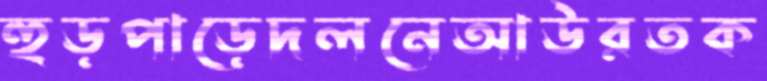
হুড়পাড়েদলনেআউরতক